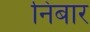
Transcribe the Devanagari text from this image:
निंबार